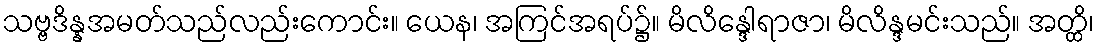
သဗ္ဗဒိန္နအမတ်သည်လည်းကောင်း။ ယေန၊ အကြင်အရပ်၌။ မိလိန္ဒေါရာဇာ၊ မိလိန္ဒမင်းသည်။ အတ္ထိ၊